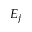
E _ { j }